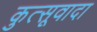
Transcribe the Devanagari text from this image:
कुत्सूवादा